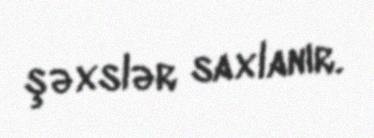
şəxslər saxlanır.